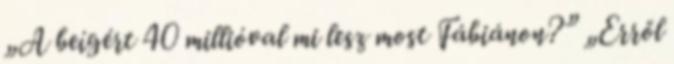
„A beígért 40 millióval mi lesz most Fábiánon?” „Erről